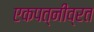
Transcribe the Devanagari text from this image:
एकपत्‍नीव्रत